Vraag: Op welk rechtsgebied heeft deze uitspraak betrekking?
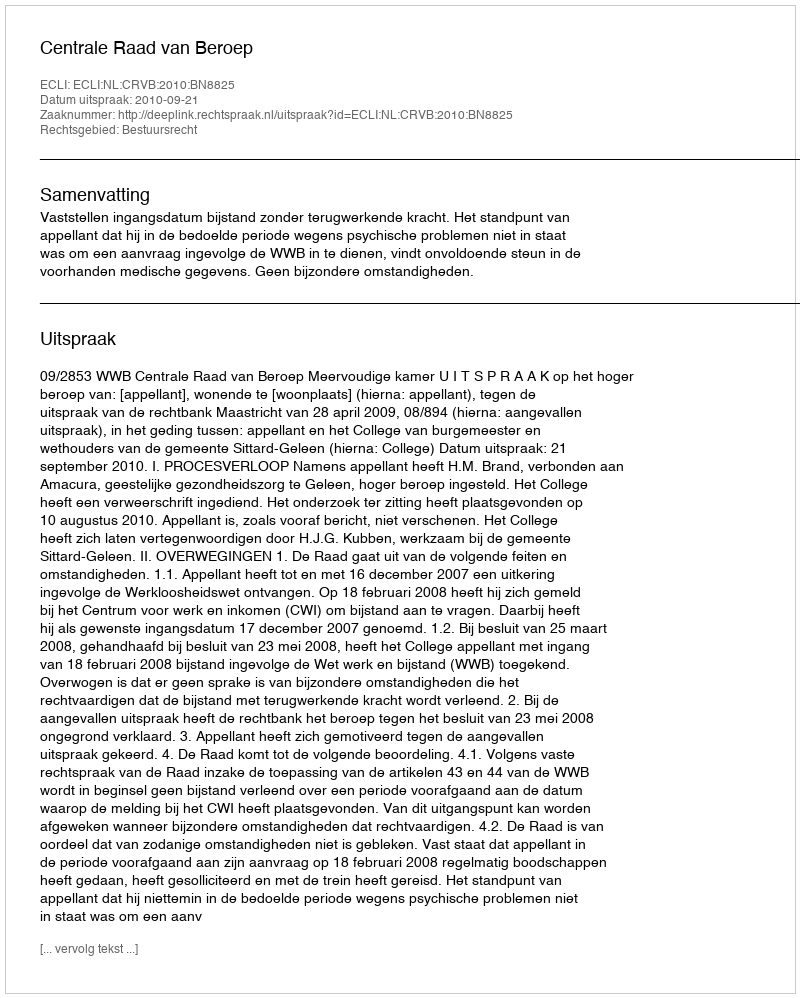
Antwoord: Bestuursrecht